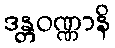
ဒန္တဝဏ္ဏာနိ